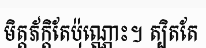
មិត្តភ័ក្តិតែប៉ុណ្ណោះ។ ត្បិតតែ